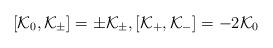
LaTeX: \begin{align*} [\mathcal{K}_0, \mathcal{K}_{\pm}] = \pm \mathcal{K}_{\pm}, [\mathcal{K}_+, \mathcal{K}_-] = -2\mathcal{K}_0\end{align*}